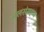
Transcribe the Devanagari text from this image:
जलसंग्रहण